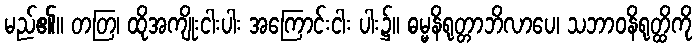
မည်၏။ တတြ၊ ထိုအကျိုးငါးပါး အကြောင်းငါး ပါး၌။ ဓမ္မနိရုတ္တာဘိလာပေ၊ သဘာဝနိရုတ္ထိကို